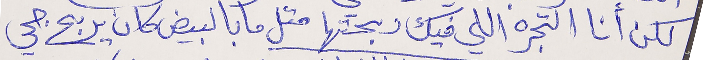
لكن أنا التجره اللي فيك ربحتها متل ما بالبيض كان يربح جحي